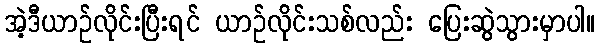
အဲ့ဒီယာဉ်လိုင်းပြီးရင် ယာဉ်လိုင်းသစ်လည်း ပြေးဆွဲသွားမှာပါ။